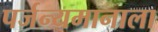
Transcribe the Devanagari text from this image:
पर्जन्यमानाला